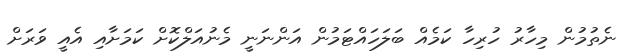
ނެތުމުން މިހާރު ހުރިހާ ކަމެއް ބަލަހައްޓަމުން އަންނަނީ މެނުއަލްކޮށް ކަމަށާއި އެއީ ވަރަށް